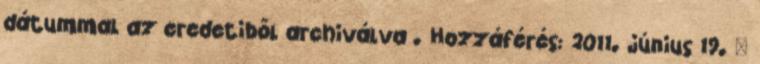
dátummal az eredetiből archiválva . Hozzáférés: 2011. június 19. ↑